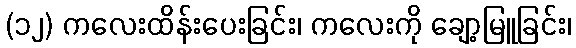
(၁၂) ကလေးထိန်းပေးခြင်း၊ ကလေးကို ချော့မြူခြင်း၊